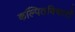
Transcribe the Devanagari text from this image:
कल्पितविचारों